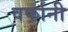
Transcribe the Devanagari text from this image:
वर्फानी